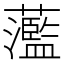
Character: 蘫